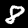
Digit: 8